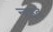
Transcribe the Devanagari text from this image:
न्वहते